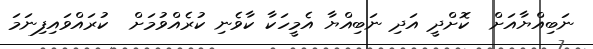
ނަބިއްޔާއަށް  ކޮށްދީ އަދި ނަބިއްޔާ އެމީހަކާ ކާވެނި ކުރެއްވުމަށް  ކުރައްވައިފިނަމަ